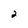
Character: 2